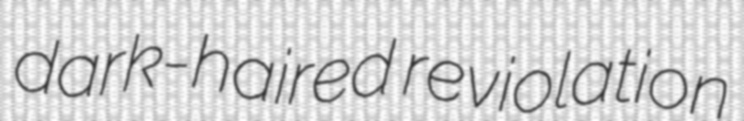
dark-haired reviolation